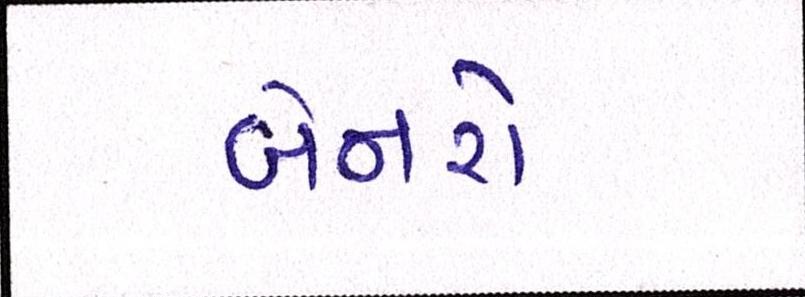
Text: બેનરો